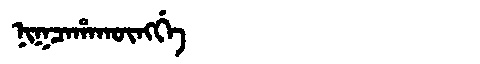
Manchu: ᠨᡳᡴᠴᠠᡥᠠᡴᡡᠩᡤᡝ
Romanization: NIKCAHAKŪNGGE